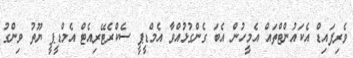
ވެރިފައިޑް އެކައުންޓްތައް އެމީހުން އެބަ ގެންގުޅުއްވާ އެމްޑީޕީ ސެކްރެޓޭރިއެޓް އެމްޑީޕީ ޔޫތު ވިންގު